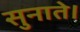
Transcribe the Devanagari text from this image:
सुनाते।